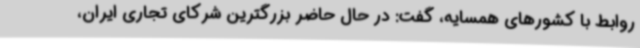
روابط با کشورهای همسایه، گفت: در حال حاضر بزرگترین شرکای تجاری ایران،